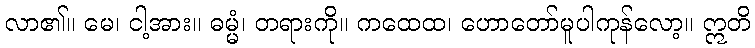
လာ၏။ မေ၊ ငါ့အား။ ဓမ္မံ၊ တရားကို။ ကထေထ၊ ဟောတော်မူပါကုန်လော့။ ဣတိ